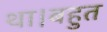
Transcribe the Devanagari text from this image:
था।बहुत